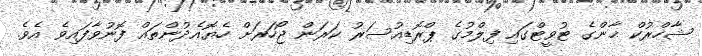
ޝާހްރުކް ޚާންގެ ޓުވީޓްގައި ފިލްމުގެ ޕްރޮޑިއުސަރު ކަރަން ޖޯހަރަށް ހެޔޮއެދުންތައް ފޮނުވާފައިވެ އެވެ.